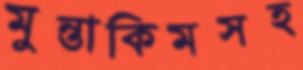
মুন্তাকিমসহ